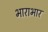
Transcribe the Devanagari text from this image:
भाराभार